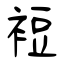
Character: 裋